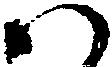
ハ